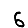
Digit: 6